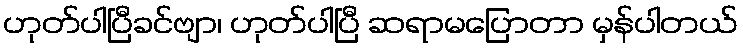
ဟုတ်ပါပြီခင်ဗျာ၊ ဟုတ်ပါပြီ ဆရာမပြောတာ မှန်ပါတယ်